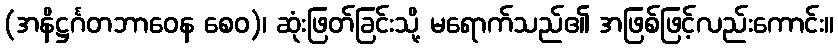
(အနိဋ္ဌင်္ဂတဘာဝေန စေဝ)၊ ဆုံးဖြတ်ခြင်းသို့ မရောက်သည်၏ အဖြစ်ဖြင့်လည်းကောင်း။